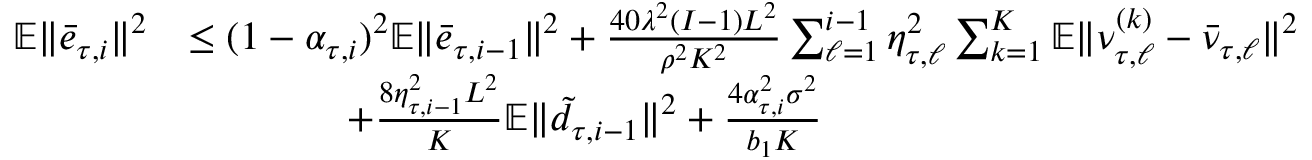
\begin{array} { r l } { \mathbb { E } \| \bar { e } _ { \tau , i } \| ^ { 2 } } & { \leq ( 1 - \alpha _ { \tau , i } ) ^ { 2 } \mathbb { E } \| \bar { e } _ { \tau , i - 1 } \| ^ { 2 } + \frac { 4 0 \lambda ^ { 2 } ( I - 1 ) L ^ { 2 } } { \rho ^ { 2 } K ^ { 2 } } \sum _ { \ell = 1 } ^ { i - 1 } \eta _ { \tau , \ell } ^ { 2 } \sum _ { k = 1 } ^ { K } \mathbb { E } \| \nu _ { \tau , \ell } ^ { ( k ) } - \bar { \nu } _ { \tau , \ell } \| ^ { 2 } } \\ & { \qquad \qquad + \frac { 8 \eta _ { \tau , i - 1 } ^ { 2 } L ^ { 2 } } { K } \mathbb { E } \| \tilde { d } _ { \tau , i - 1 } \| ^ { 2 } + \frac { 4 \alpha _ { \tau , i } ^ { 2 } \sigma ^ { 2 } } { b _ { 1 } K } } \end{array}